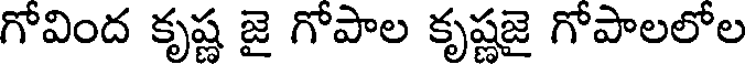
గోవింద కృష్ణ జై గోపాల కృష్ణజై గోపాలలోల